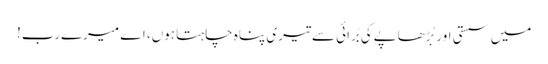
میں سستی اور بُڑھاپےکی بُرائی سے تیری پناہ چاہتا ہوں، اے میرےرب!